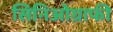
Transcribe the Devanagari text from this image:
सिनिओग्राफी